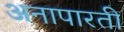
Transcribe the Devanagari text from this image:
अनापारती